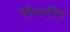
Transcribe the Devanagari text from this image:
पोटरीत